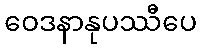
ဝေဒနာနုပဿီပေ